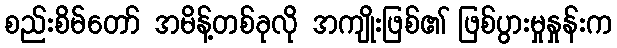
စည်းစိမ်တော် အမိန့်တစ်ခုလို အကျိုးဖြစ်၏ ဖြစ်ပွားမှုနှုန်းက